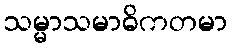
သမ္မာသမာဓိကတမာ